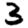
Digit: 3